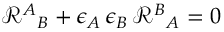
\mathcal { R } ^ { A } { } _ { B } + \epsilon _ { A } \, \epsilon _ { B } \, \mathcal { R } ^ { B } { } _ { A } = 0